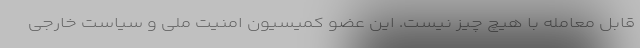
قابل معامله با هیچ چیز نیست. این عضو کمیسیون امنیت ملی و سیاست خارجی